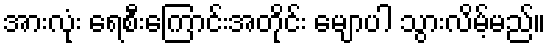
အားလုံး ရေစီးကြောင်းအတိုင်း မျောပါ သွားလိမ့်မည်။